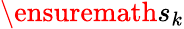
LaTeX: \ensuremath{s}_{k}